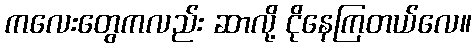
ကလေးတွေကလည်း ဆာလို့ ငိုနေကြတယ်လေ။